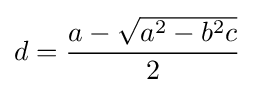
d={\frac {a-{\sqrt {a^{2}-b^{2}c}}}{2}}